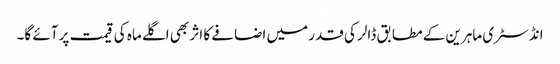
انڈسٹری ماہرین کے مطابق ڈالر کی قدر میں اضافے کا اثر بھی اگلے ماہ کی قیمت پر آئے گا۔